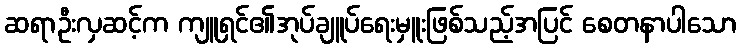
ဆရာဦးလှဆင့်က ကျူရှင်၏အုပ်ချူပ်ရေးမှူးဖြစ်သည့်အပြင် စေတနာပါသော